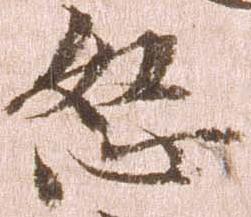
恕